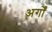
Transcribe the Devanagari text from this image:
अर्गों